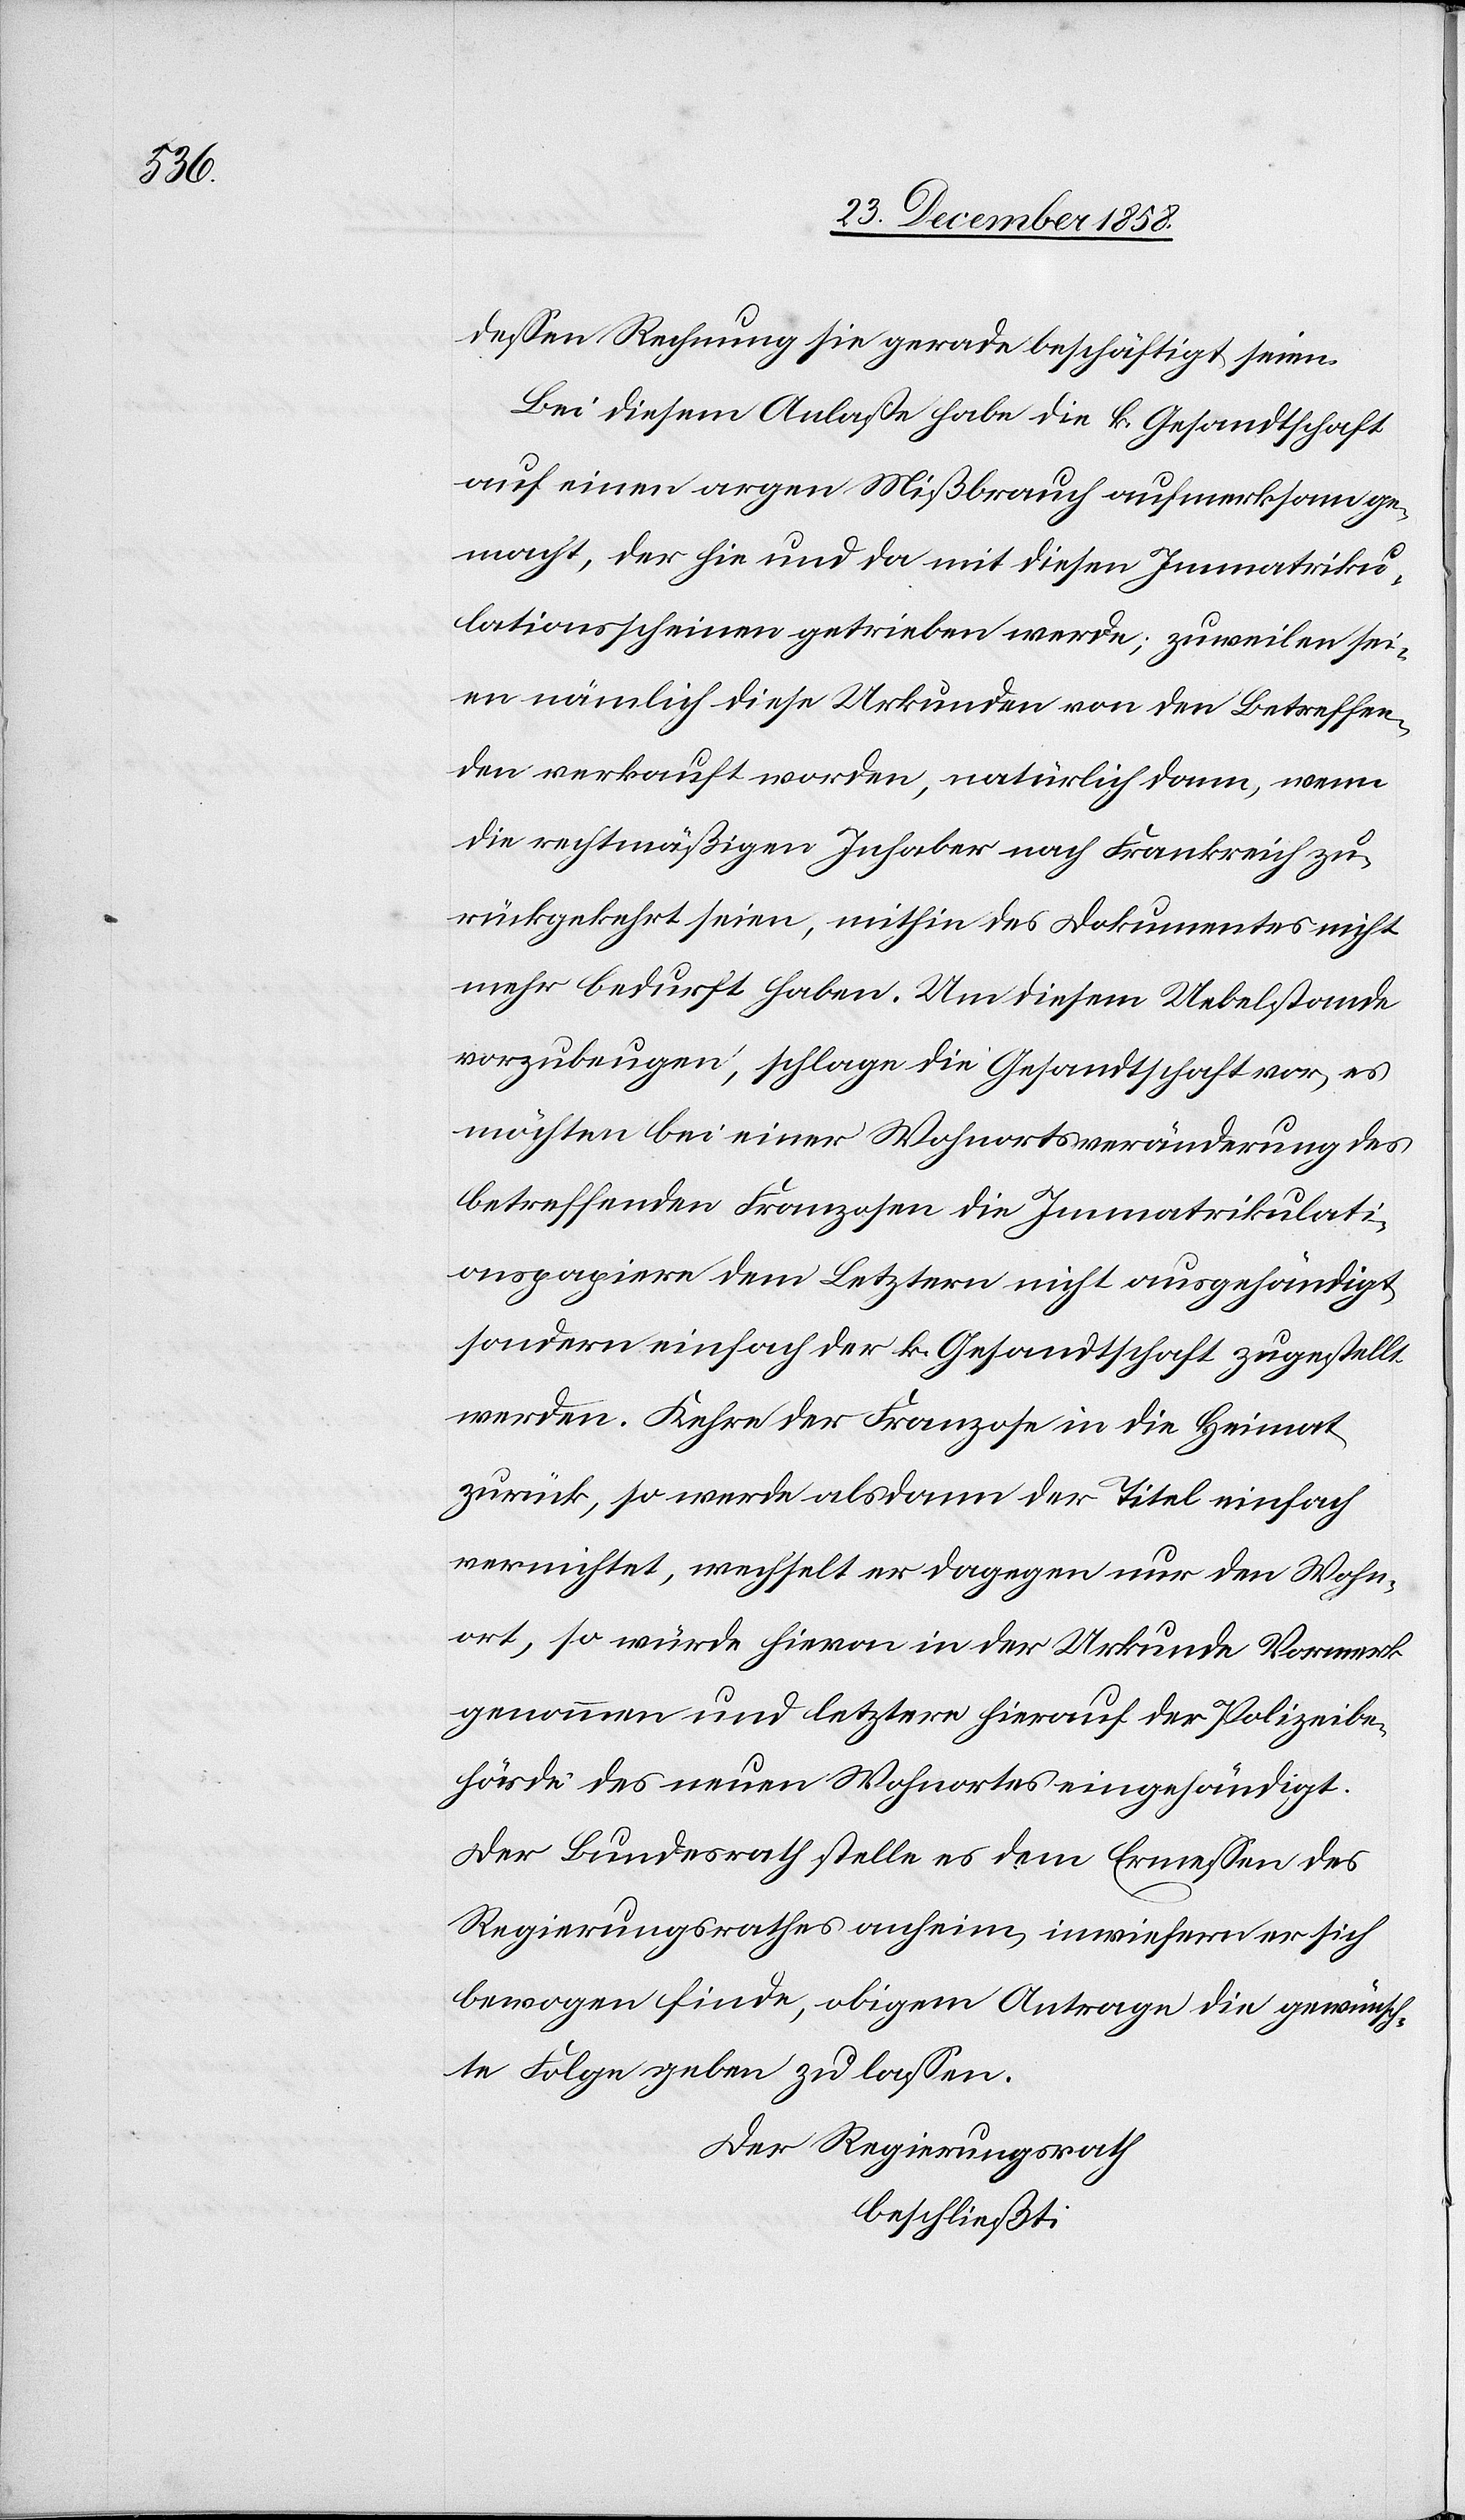
31.